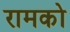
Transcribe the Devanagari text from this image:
रामको